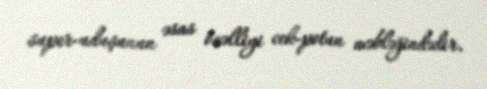
super-uduşunun əsas özəlliyi cek-potun məbləğindədir.